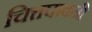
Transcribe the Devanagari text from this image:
चित्तपावनी